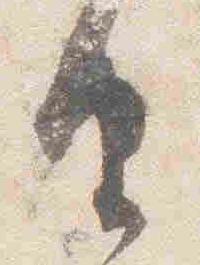
由